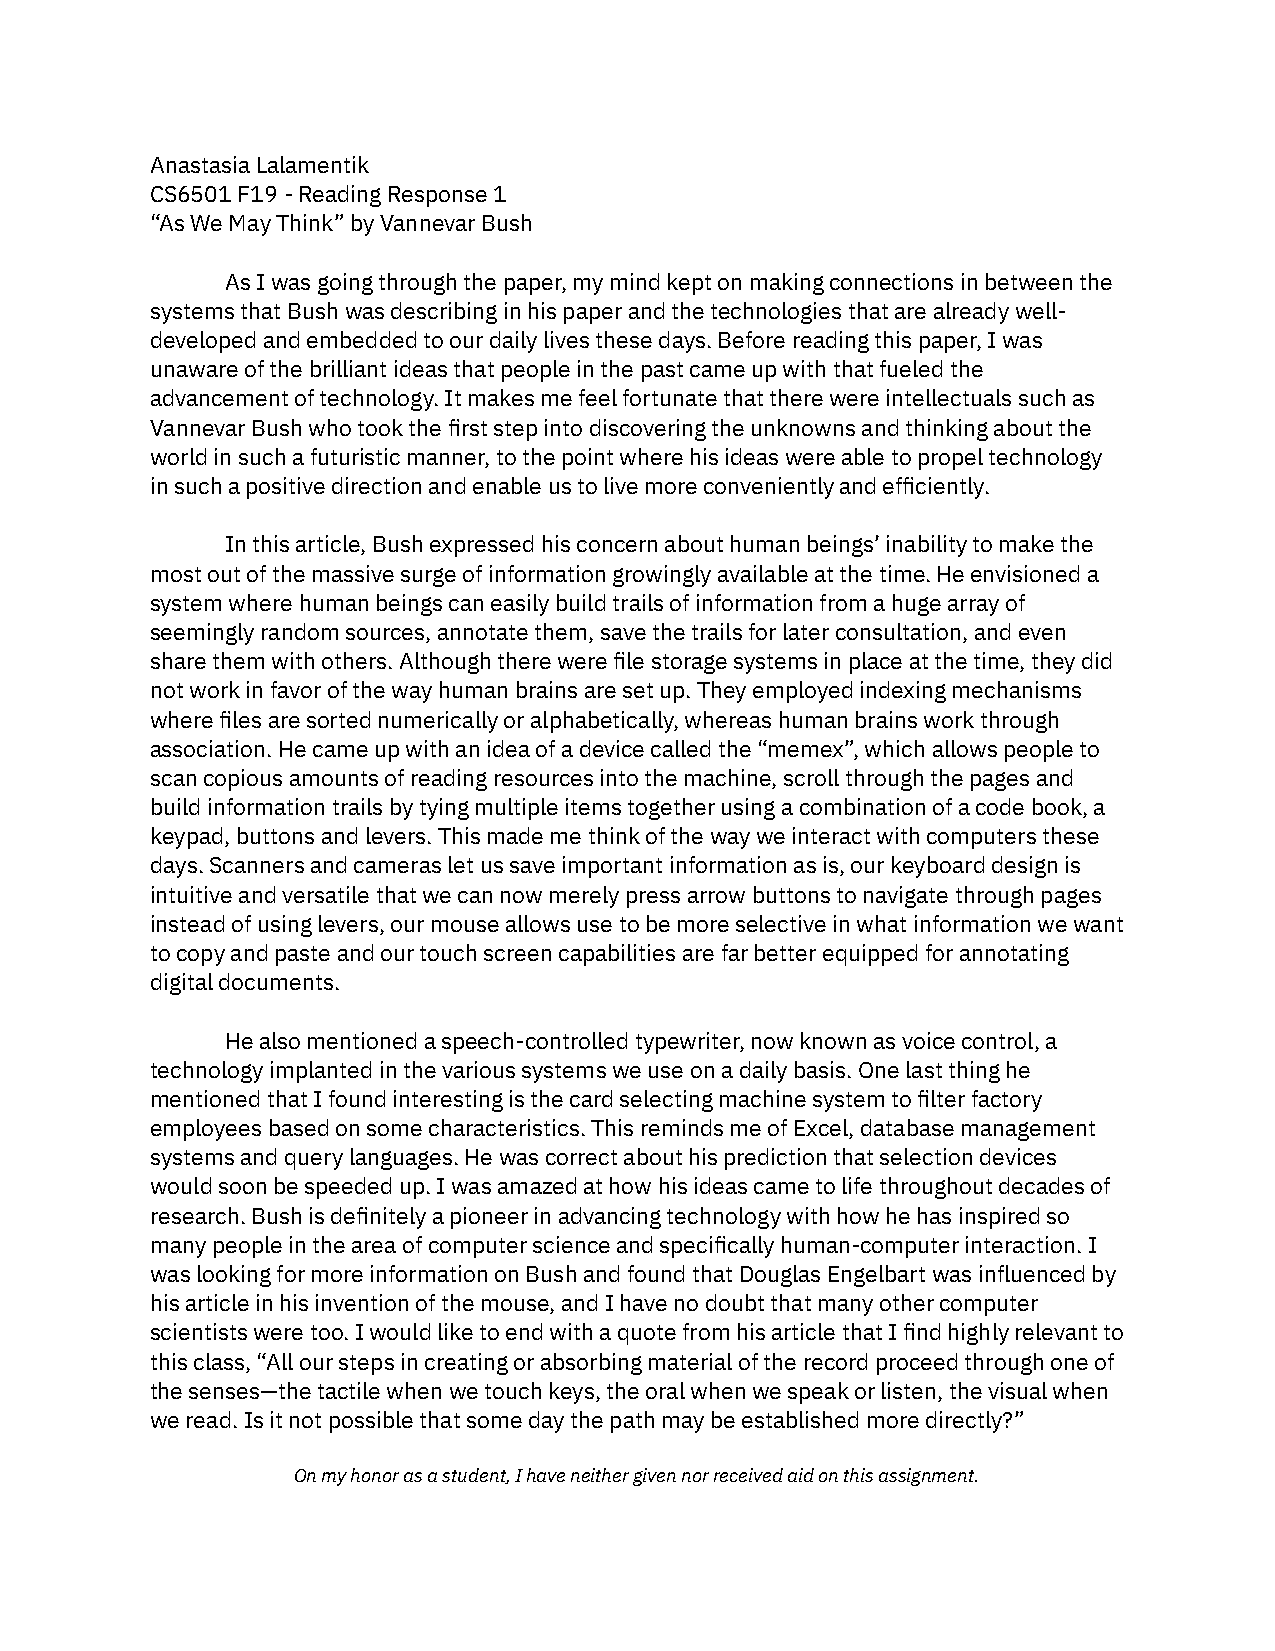
Anastasia Lalamentik
 CS6501 F19 - Reading Response 1
 “As We May Think” by Vannevar Bush
 As I was going through the paper, my mind kept on making connections in between the
 systems that Bush was describing in his paper and the technologies that are already well-
 developed and embedded to our daily lives these days. Before reading this paper, I was
 unaware of the brilliant ideas that people in the past came up with that fueled the
 advancement of technology. It makes me feel fortunate that there were intellectuals such as
 Vannevar Bush who took the first step into discovering the unknowns and thinking about the
 world in such a futuristic manner, to the point where his ideas were able to propel technology
 in such a positive direction and enable us to live more conveniently and efficiently.
 In this article, Bush expressed his concern about human beings’ inability to make the
 most out of the massive surge of information growingly available at the time. He envisioned a
 system where human beings can easily build trails of information from a huge array of
 seemingly random sources, annotate them, save the trails for later consultation, and even
 share them with others. Although there were file storage systems in place at the time, they did
 not work in favor of the way human brains are set up. They employed indexing mechanisms
 where files are sorted numerically or alphabetically, whereas human brains work through
 association. He came up with an idea of a device called the “memex”, which allows people to
 scan copious amounts of reading resources into the machine, scroll through the pages and
 build information trails by tying multiple items together using a combination of a code book, a
 keypad, buttons and levers. This made me think of the way we interact with computers these
 days. Scanners and cameras let us save important information as is, our keyboard design is
 intuitive and versatile that we can now merely press arrow buttons to navigate through pages
 instead of using levers, our mouse allows use to be more selective in what information we want
 to copy and paste and our touch screen capabilities are far better equipped for annotating
 digital documents.
 He also mentioned a speech-controlled typewriter, now known as voice control, a
 technology implanted in the various systems we use on a daily basis. One last thing he
 mentioned that I found interesting is the card selecting machine system to filter factory
 employees based on some characteristics. This reminds me of Excel, database management
 systems and query languages. He was correct about his prediction that selection devices
 would soon be speeded up. I was amazed at how his ideas came to life throughout decades of
 research. Bush is definitely a pioneer in advancing technology with how he has inspired so
 many people in the area of computer science and specifically human-computer interaction. I
 was looking for more information on Bush and found that Douglas Engelbart was influenced by
 his article in his invention of the mouse, and I have no doubt that many other computer
 scientists were too. I would like to end with a quote from his article that I find highly relevant to
 this class, “All our steps in creating or absorbing material of the record proceed through one of
 the senses—the tactile when we touch keys, the oral when we speak or listen, the visual when
 we read. Is it not possible that some day the path may be established more directly?”
 On my honor as a student, I have neither given nor received aid on this assignment.